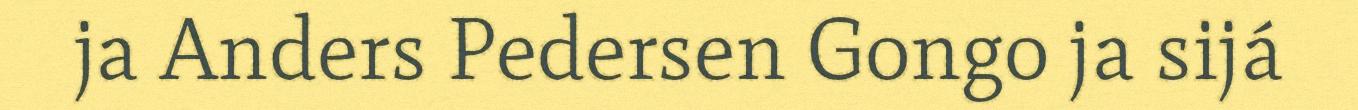
ja Anders Pedersen Gongo ja sijá